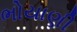
ભોયાણી